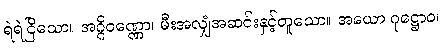
ရဲရဲငြိသော။ အဂ္ဂိဝဏ္ဏော၊ မီးအလျှံအဆင်းနှင့်တူသော။ အယော ဂုဋ္ဌောဝ၊